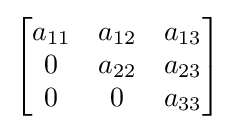
{\begin{bmatrix}a_{11}&a_{12}&a_{13}\\0&a_{22}&a_{23}\\0&0&a_{33}\\\end{bmatrix}}